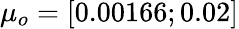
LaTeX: \mu_{o}=[0.00166;0.02]